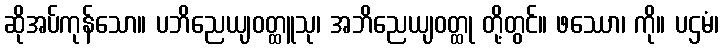
ဆိုအပ်ကုန်သော။ ပဘိညေယျဝတ္ထူသု၊ အဘိညေယျဝတ္ထု တို့တွင်။ ဖဿော၊ ကို။ ပဌမံ၊